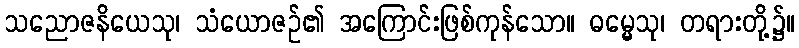
သညောဇနိယေသု၊ သံယောဇဉ်၏ အကြောင်းဖြစ်ကုန်သော။ ဓမ္မေသု၊ တရားတို့၌။